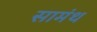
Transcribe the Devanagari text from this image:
सामंथ